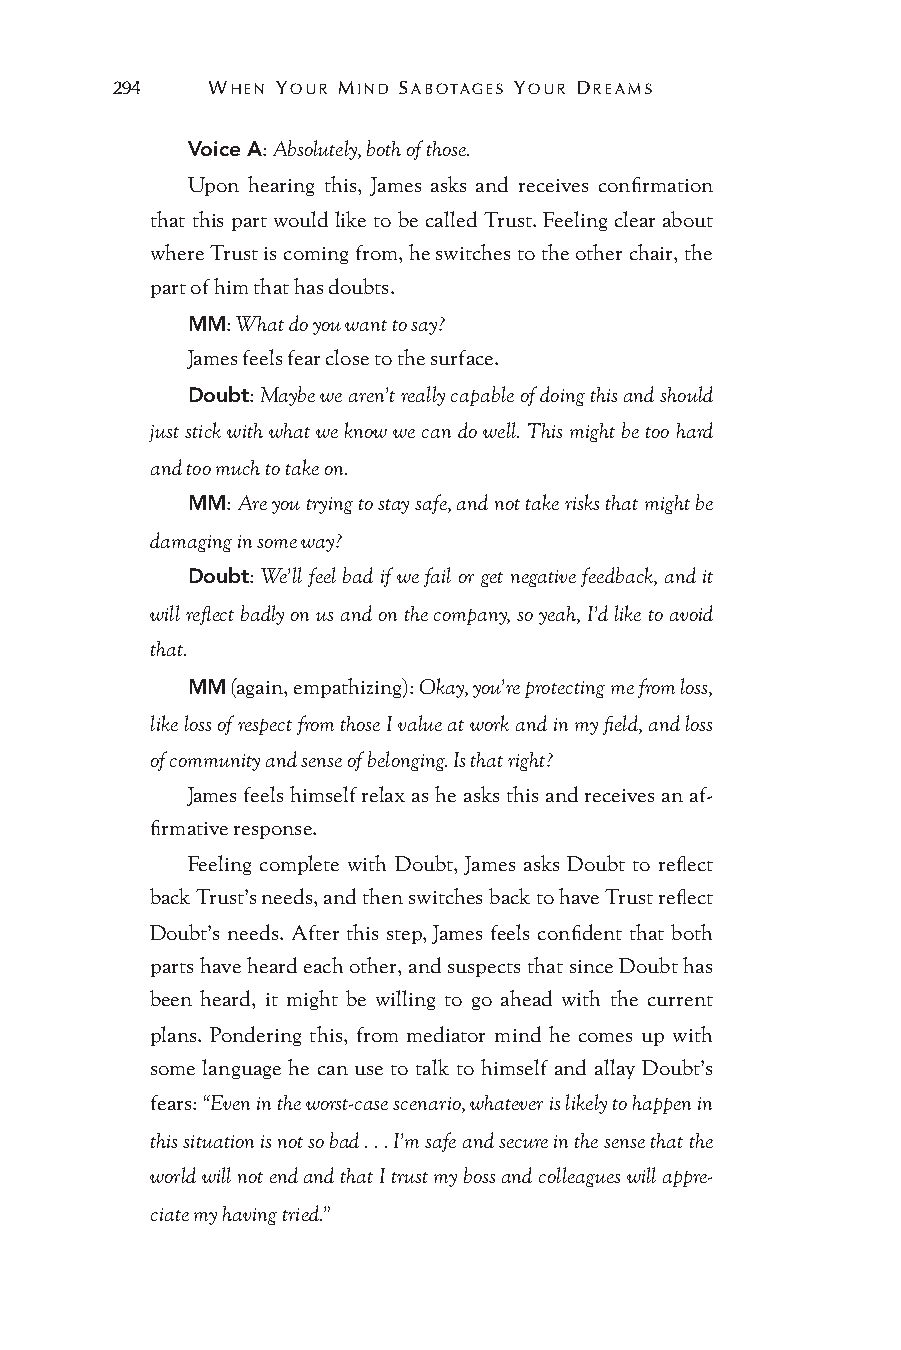
294    WHEN YOUR MIND SABOTAGES YOUR DREAMS
 Voice A: Absolutely, both of those.
 Upon hearing this, James asks and receives confirmation
 that this part would like to be called Trust. Feeling clear about
 where Trust is coming from, he switches to the other chair, the
 part of him that has doubts.
 MM: What do you want to say?
 James feels fear close to the surface.
 Doubt: Maybe we aren’t really capable of doing this and should
 just stick with what we know we can do well. This might be too hard
 and too much to take on.
 MM: Are you trying to stay safe, and not take risks that might be
 damaging in some way?
 Doubt: We’ll feel bad if we fail or get negative feedback, and it
 will reflect badly on us and on the company, so yeah, I’d like to avoid
 that.
 MM (again, empathizing): Okay, you’re protecting me from loss,
 like loss of respect from those I value at work and in my field, and loss
 of community and sense of belonging. Is that right?
 James feels himself relax as he asks this and receives an af-
 firmative response.
 Feeling complete with Doubt, James asks Doubt to reflect
 back Trust’s needs, and then switches back to have Trust reflect
 Doubt’s needs. After this step, James feels confident that both
 parts have heard each other, and suspects that since Doubt has
 been heard, it might be willing to go ahead with the current
 plans. Pondering this, from mediator mind he comes up with
 some language he can use to talk to himself and allay Doubt’s
 fears: “Even in the worst-case scenario, whatever is likely to happen in
 this situation is not so bad . . . I’m safe and secure in the sense that the
 world will not end and that I trust my boss and colleagues will appre-
 ciate my having tried.”